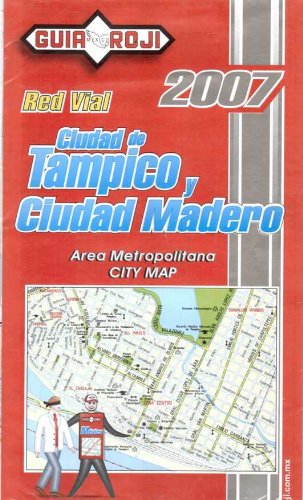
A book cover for City Map of Tampico, Mexico by Guia Roji (Spanish Edition); Guia Roji; Travel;